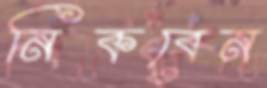
নিকবেন